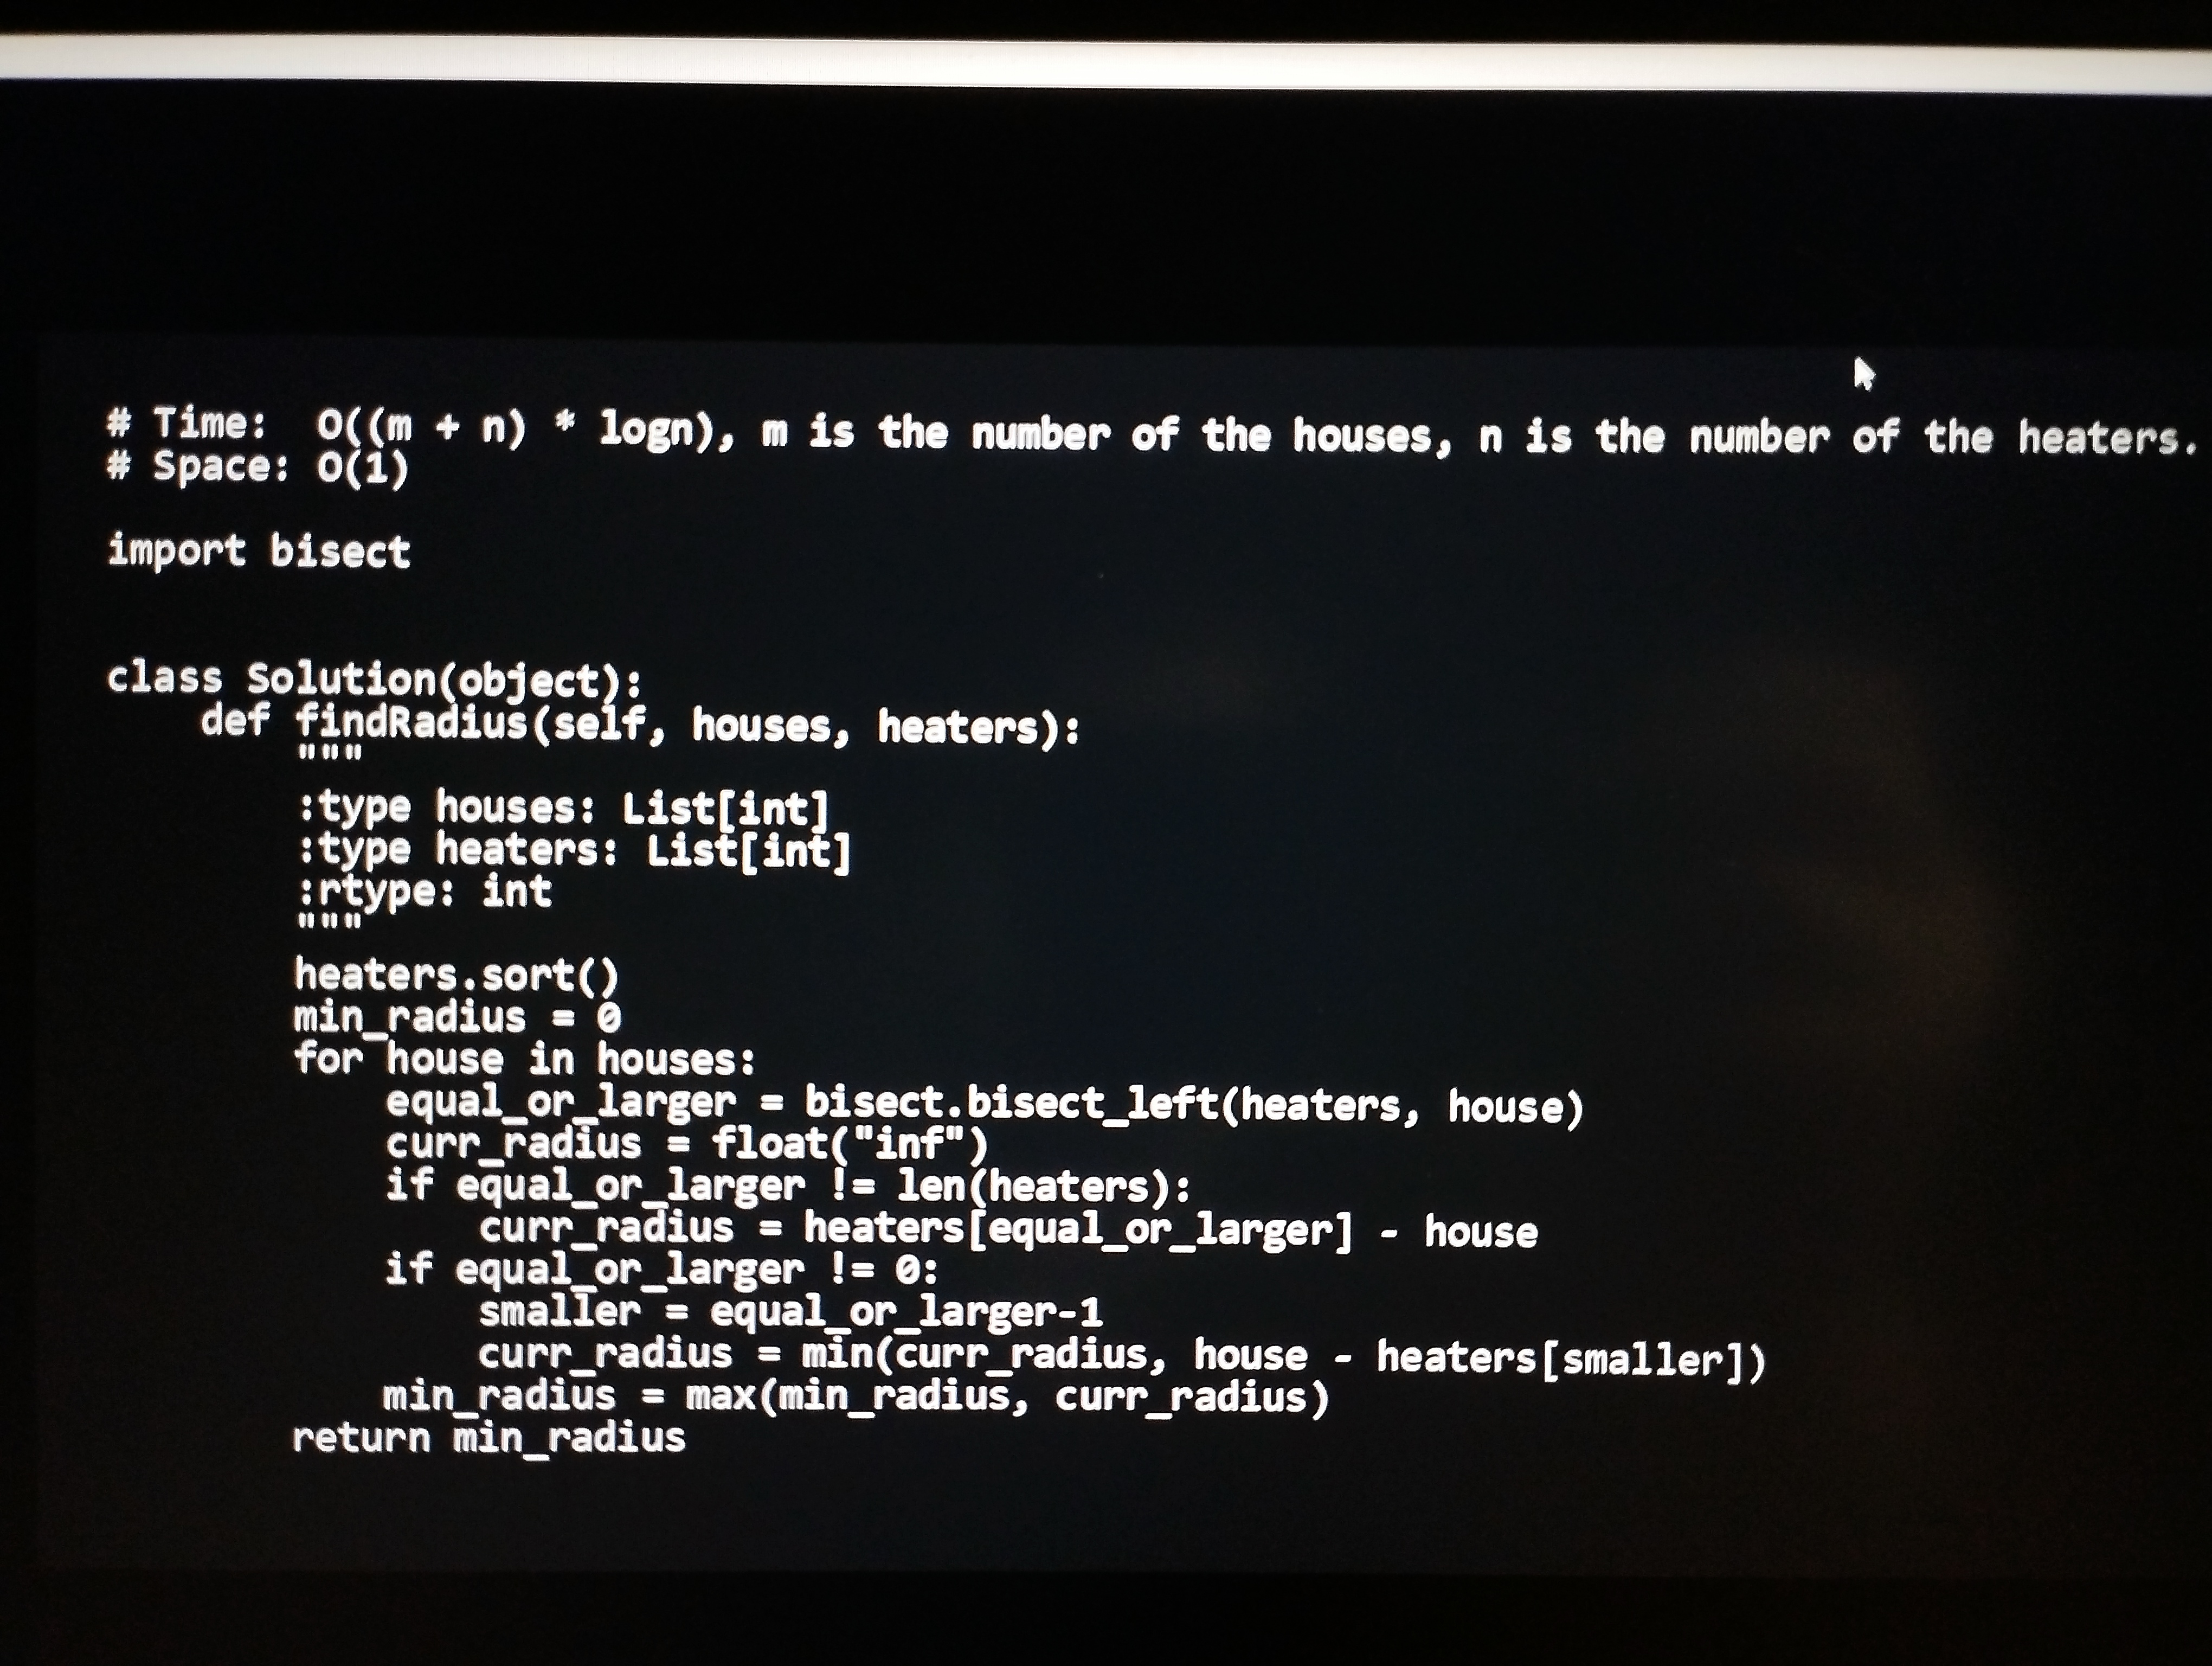
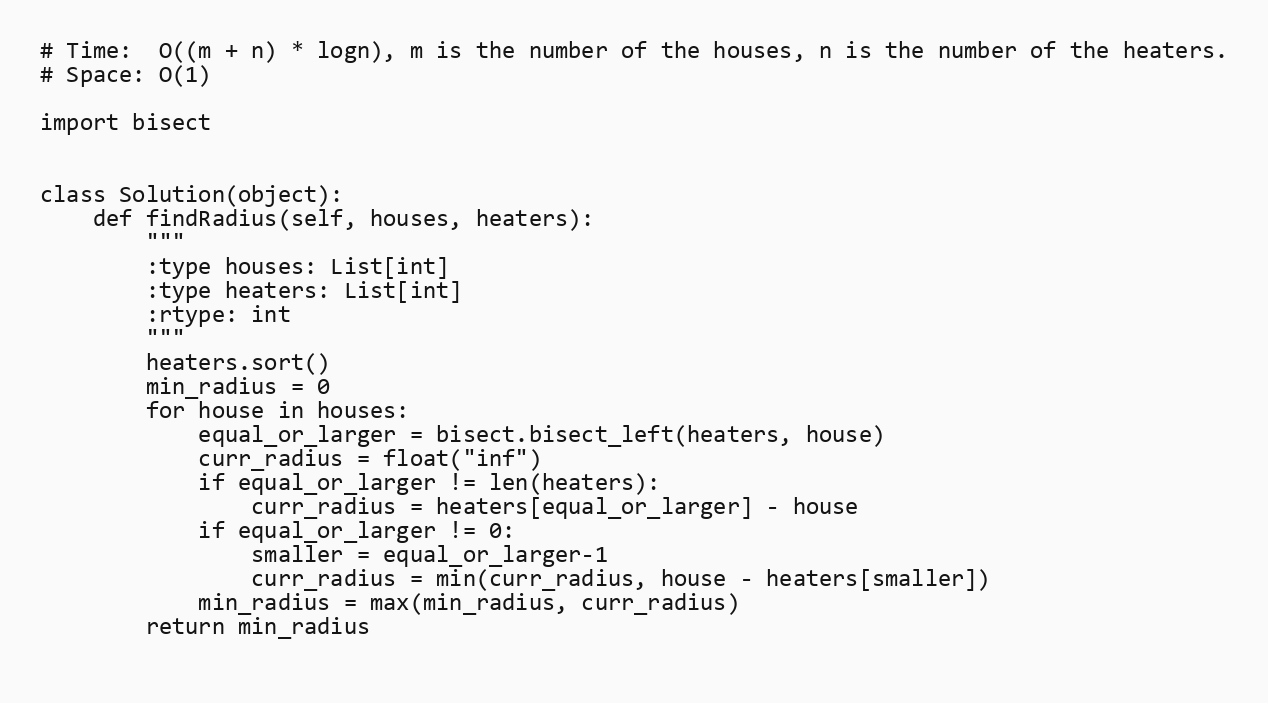
# Time:  O((m + n) * logn), m is the number of the houses, n is the number of the heaters.
# Space: O(1)

import bisect

class Solution(object):
    def findRadius(self, houses, heaters):
        """
        :type houses: List[int]
        :type heaters: List[int]
        :rtype: int
        """
        heaters.sort()
        min_radius = 0
        for house in houses:
            equal_or_larger = bisect.bisect_left(heaters, house)
            curr_radius = float("inf")
            if equal_or_larger != len(heaters):
                curr_radius = heaters[equal_or_larger] - house
            if equal_or_larger != 0:
                smaller = equal_or_larger-1
                curr_radius = min(curr_radius, house - heaters[smaller])
            min_radius = max(min_radius, curr_radius)
        return min_radius